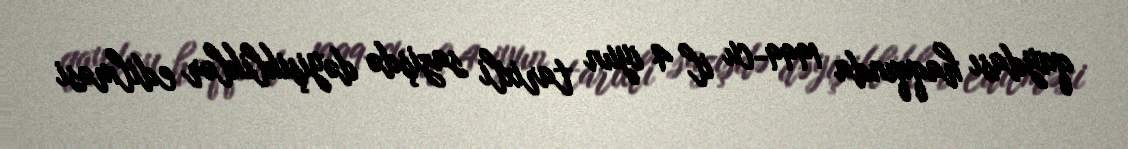
qaydası haqqında 1999-cu il 4 iyun tarixli sazişdə dəyişikliklər edilməsi